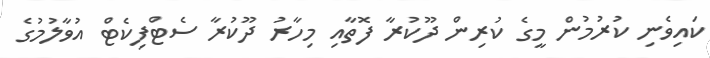
ކައިވެނި ކުރުމުން މީގެ ކުރިން ދޫކުރާ ފޮތާއި މިހާރު ދޫކުރާ ސެޓްފިކެޓް އުވާލުމުގެ